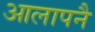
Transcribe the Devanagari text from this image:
आलापनै